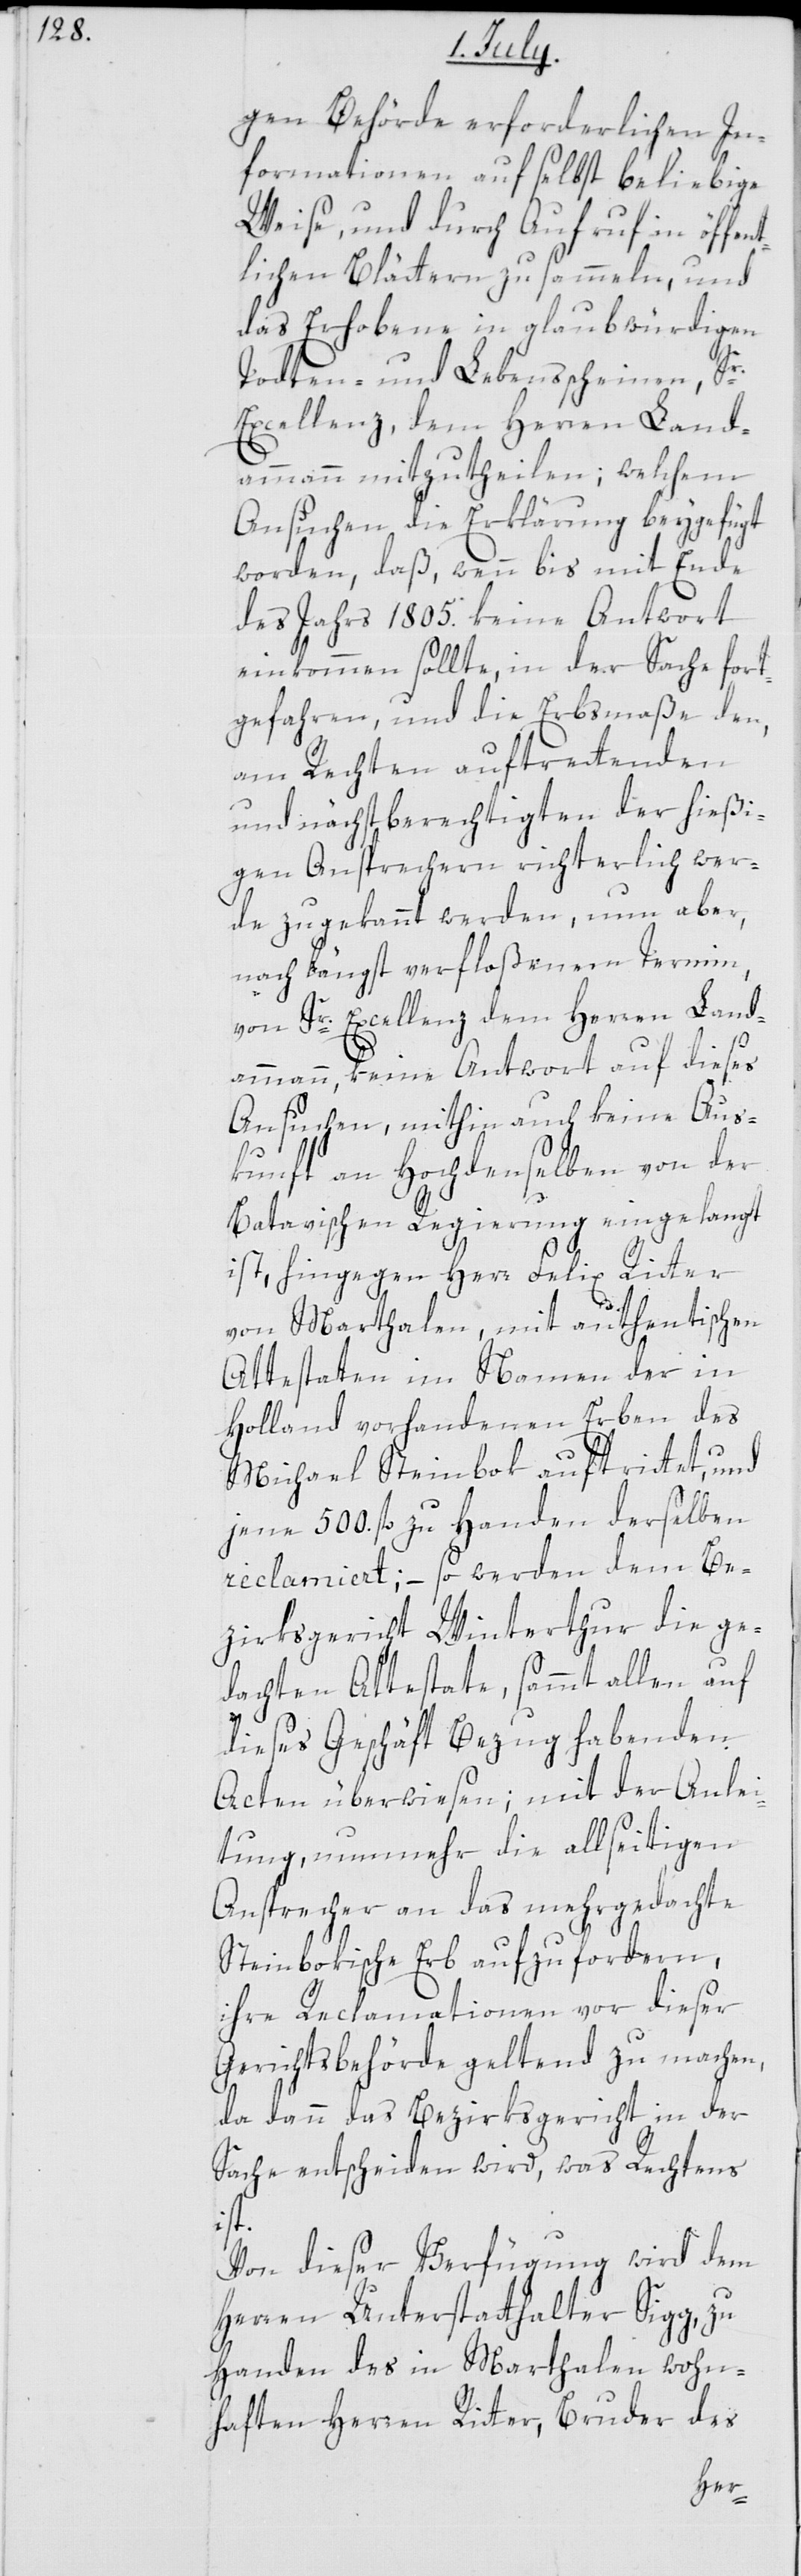
gen Behörde erforderlichen In¬
formationen auf selbst beliebige
Weise, und durch Aufruf in öffen¬
tlichen Blättern zu sammeln, und
das Erhobene in glaubwürdigen
Todten- und Lebensscheinen, Sr.
Excellenz dem Herren Land¬
ammann mitzutheilen; welchem
Ansuchen die Erklärung beygefügt
worden, daß, wenn bis mit Ende
des Jahrs 1805. keine Antwort
einkommen sollte, in der Sache fort¬
gefahren und die Erbmaße den,
am Rechten auftrettenden
und nächstberechtigten der hießi¬
gen Ansprechern richterlich wer¬
de zugekannt werden, nun aber,
nach längst verfloßenem Termin,
von Sr. Excellenz dem Herren Land¬
ammann, keine Antwort auf dieses
Ansuchen, mithin auch keine Aus¬
kunft an Hochdenselben von der
Batavischen Regierung eingelangt
ist, hingegen Herr Felix Ritter
von Marthalen, mit authentischen
Attestaten im Namen der in
Holland vorhandenen Erben des
Michael Steinbok auftrittet, und
jene 500. fl. zu Handen derselben
reclamiert; – so werden dem Be¬
zirksgericht Winterthur die ge¬
dachten Attestate, sammt allen auf
dieses Geschäft Bezug habenden
Acten überwiesen; mit der Anlei¬
tung, nunmehr die allseitigen
Ansprecher an das mehrgedachte
Steinbokische Erb aufzufordern,
ihre Reclamationen vor dieser
Gerichtsbehörde geltend zu machen,
da dann das Bezirksgericht in der
Sache entscheiden wird, was Rechtens
ist.
Von dieser Verfügung wird dem
Herren Unterstatthalter Sigg zu
Handen des in Marthalen wohn¬
haften Herren Ritter, Bruder des